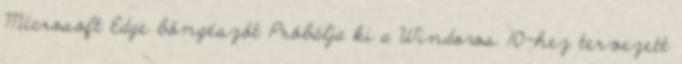
Microsoft Edge böngészőt Próbálja ki a Windows 10-hez tervezett